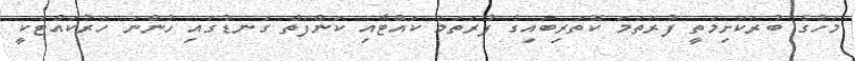
މަހުގެ ބުރަކަށިމަތީ ފުރަތަމަ ކޮތަރިބައިގެ ފުރަތަމަ ކައްޓާއި ކަންފަތް ގަނޑުގައި ހުންނަ ހަރުކައްޓަކީ